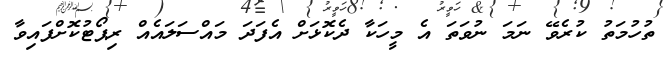
ތުހުމަތު ކުރެވޭ ނަމަ ނުވަތަ އެ މީހަކާ ދެކޮޅަށް އެފަދަ މައްސަލައެއް ރިޕޯޓުކޮށްފައިވާ